画像に写った文字を読んでください
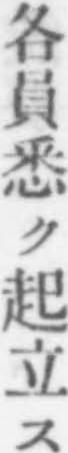
「各員悉ク起立ス」と書いてあります